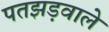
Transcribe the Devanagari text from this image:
पतझड़वाले